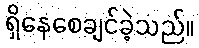
ရှိနေစေချင်ခဲ့သည်။